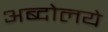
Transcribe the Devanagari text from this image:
अब्दोलये